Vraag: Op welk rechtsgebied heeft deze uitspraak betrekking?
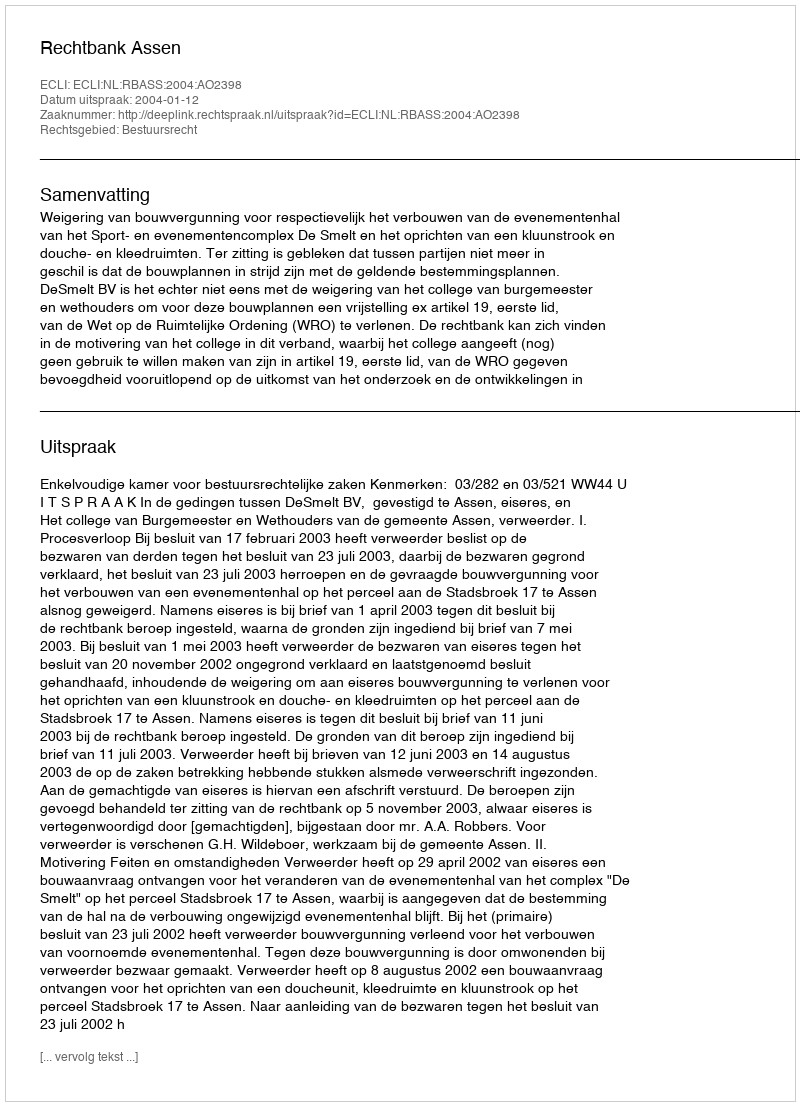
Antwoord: Bestuursrecht